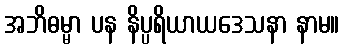
အဘိဓမ္မာ ပန နိပ္ပရိယာယဒေသနာ နာမ။